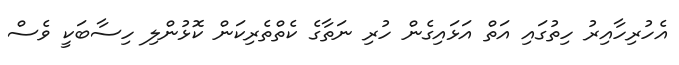
އެހުރިހާއިރު ހިތުގައި އަތް އަޅައިގެން ހުރި ނަތާގެ ކެތްތެރިކަން ކޮޅުންލި ހިސާބަކީ ވެސް